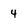
Character: 4